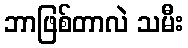
ဘာဖြစ်တာလဲ သမီး